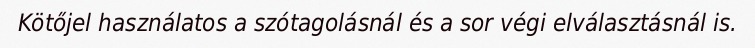
Kötőjel használatos a szótagolásnál és a sor végi elválasztásnál is.